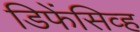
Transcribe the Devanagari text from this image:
डिफेंसिव्ह